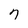
Character: 7